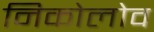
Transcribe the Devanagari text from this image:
निकोलोव